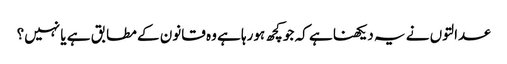
عدالتوں نے یہ دیکھنا ہے کہ جو کچھ ہورہا ہے وہ قانون کے مطابق ہے یا نہیں؟